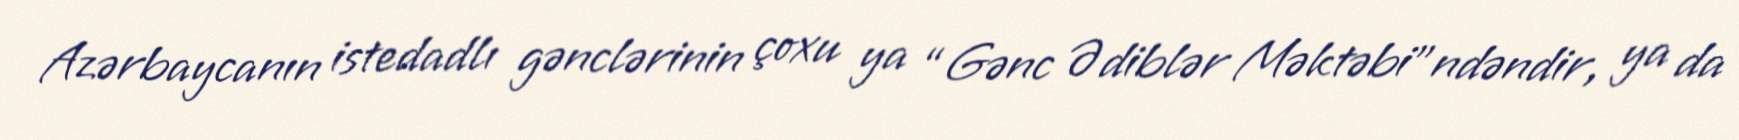
Azərbaycanın istedadlı gənclərinin çoxu ya “Gənc Ədiblər Məktəbi”ndəndir, ya da